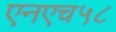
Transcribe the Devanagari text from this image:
एनएच५८